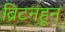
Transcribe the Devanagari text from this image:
ब्रिटनहून